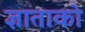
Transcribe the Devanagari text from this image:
ज्ञाताको